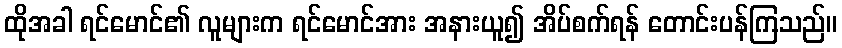
ထိုအခါ ရင်မောင်၏ လူများက ရင်မောင်အား အနားယူ၍ အိပ်စက်ရန် တောင်းပန်ကြသည်။